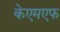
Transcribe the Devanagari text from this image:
केएमएफ